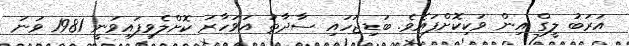
އަރަބު ލީގް އިން ވަކިކޮށްފައެވެ. ބަޑިޖަހައި ސާދާތު އަވަހާރަ ކޮށްލެވިފައިވަނީ 1981 ވަނަ